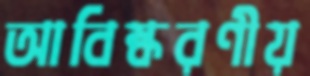
আবিষ্করণীয়